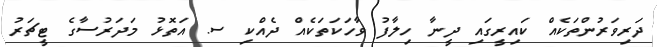
ދަރިވަރުންތަކެއް ކައިރީގައި ދީނާ ހިލާފު ވާހަކަތަކެއް ދެއްކި ސ. އަތޮޅު މަދަރުސާގެ ޓީޗަރު